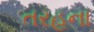
તરહના